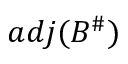
a d j ( B ^ { \# } )